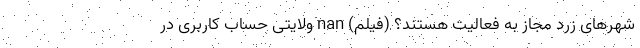
شهر‌های زرد مجاز به فعالیت هستند؟ (فیلم) nan ولایتی حساب کاربری در